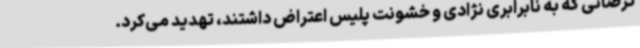
ترضانی که به نابرابری نژادی و خشونت پلیس اعتراض داشتند، تهدید می‌کرد.